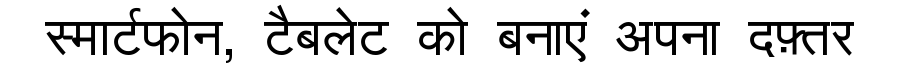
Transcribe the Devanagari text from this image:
स्मार्टफोन, टैबलेट को बनाएं अपना दफ़्तर